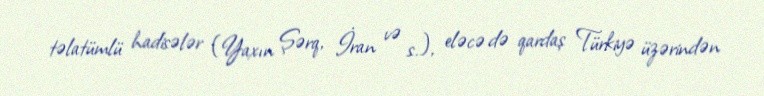
təlatümlü hadisələr (Yaxın Şərq, İran və s.), eləcə də qardaş Türkiyə üzərindən